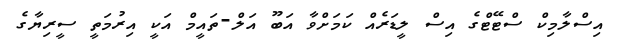
އިސްލާމިކް ސްޓޭޓްގެ އިސް ލީޑަރެއް ކަމަށްވާ އަބޫ އަލް-ތައީމް އަކީ އިރުމަތީ ސީރިޔާގެ